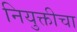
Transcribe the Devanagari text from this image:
नियुक्तीचा